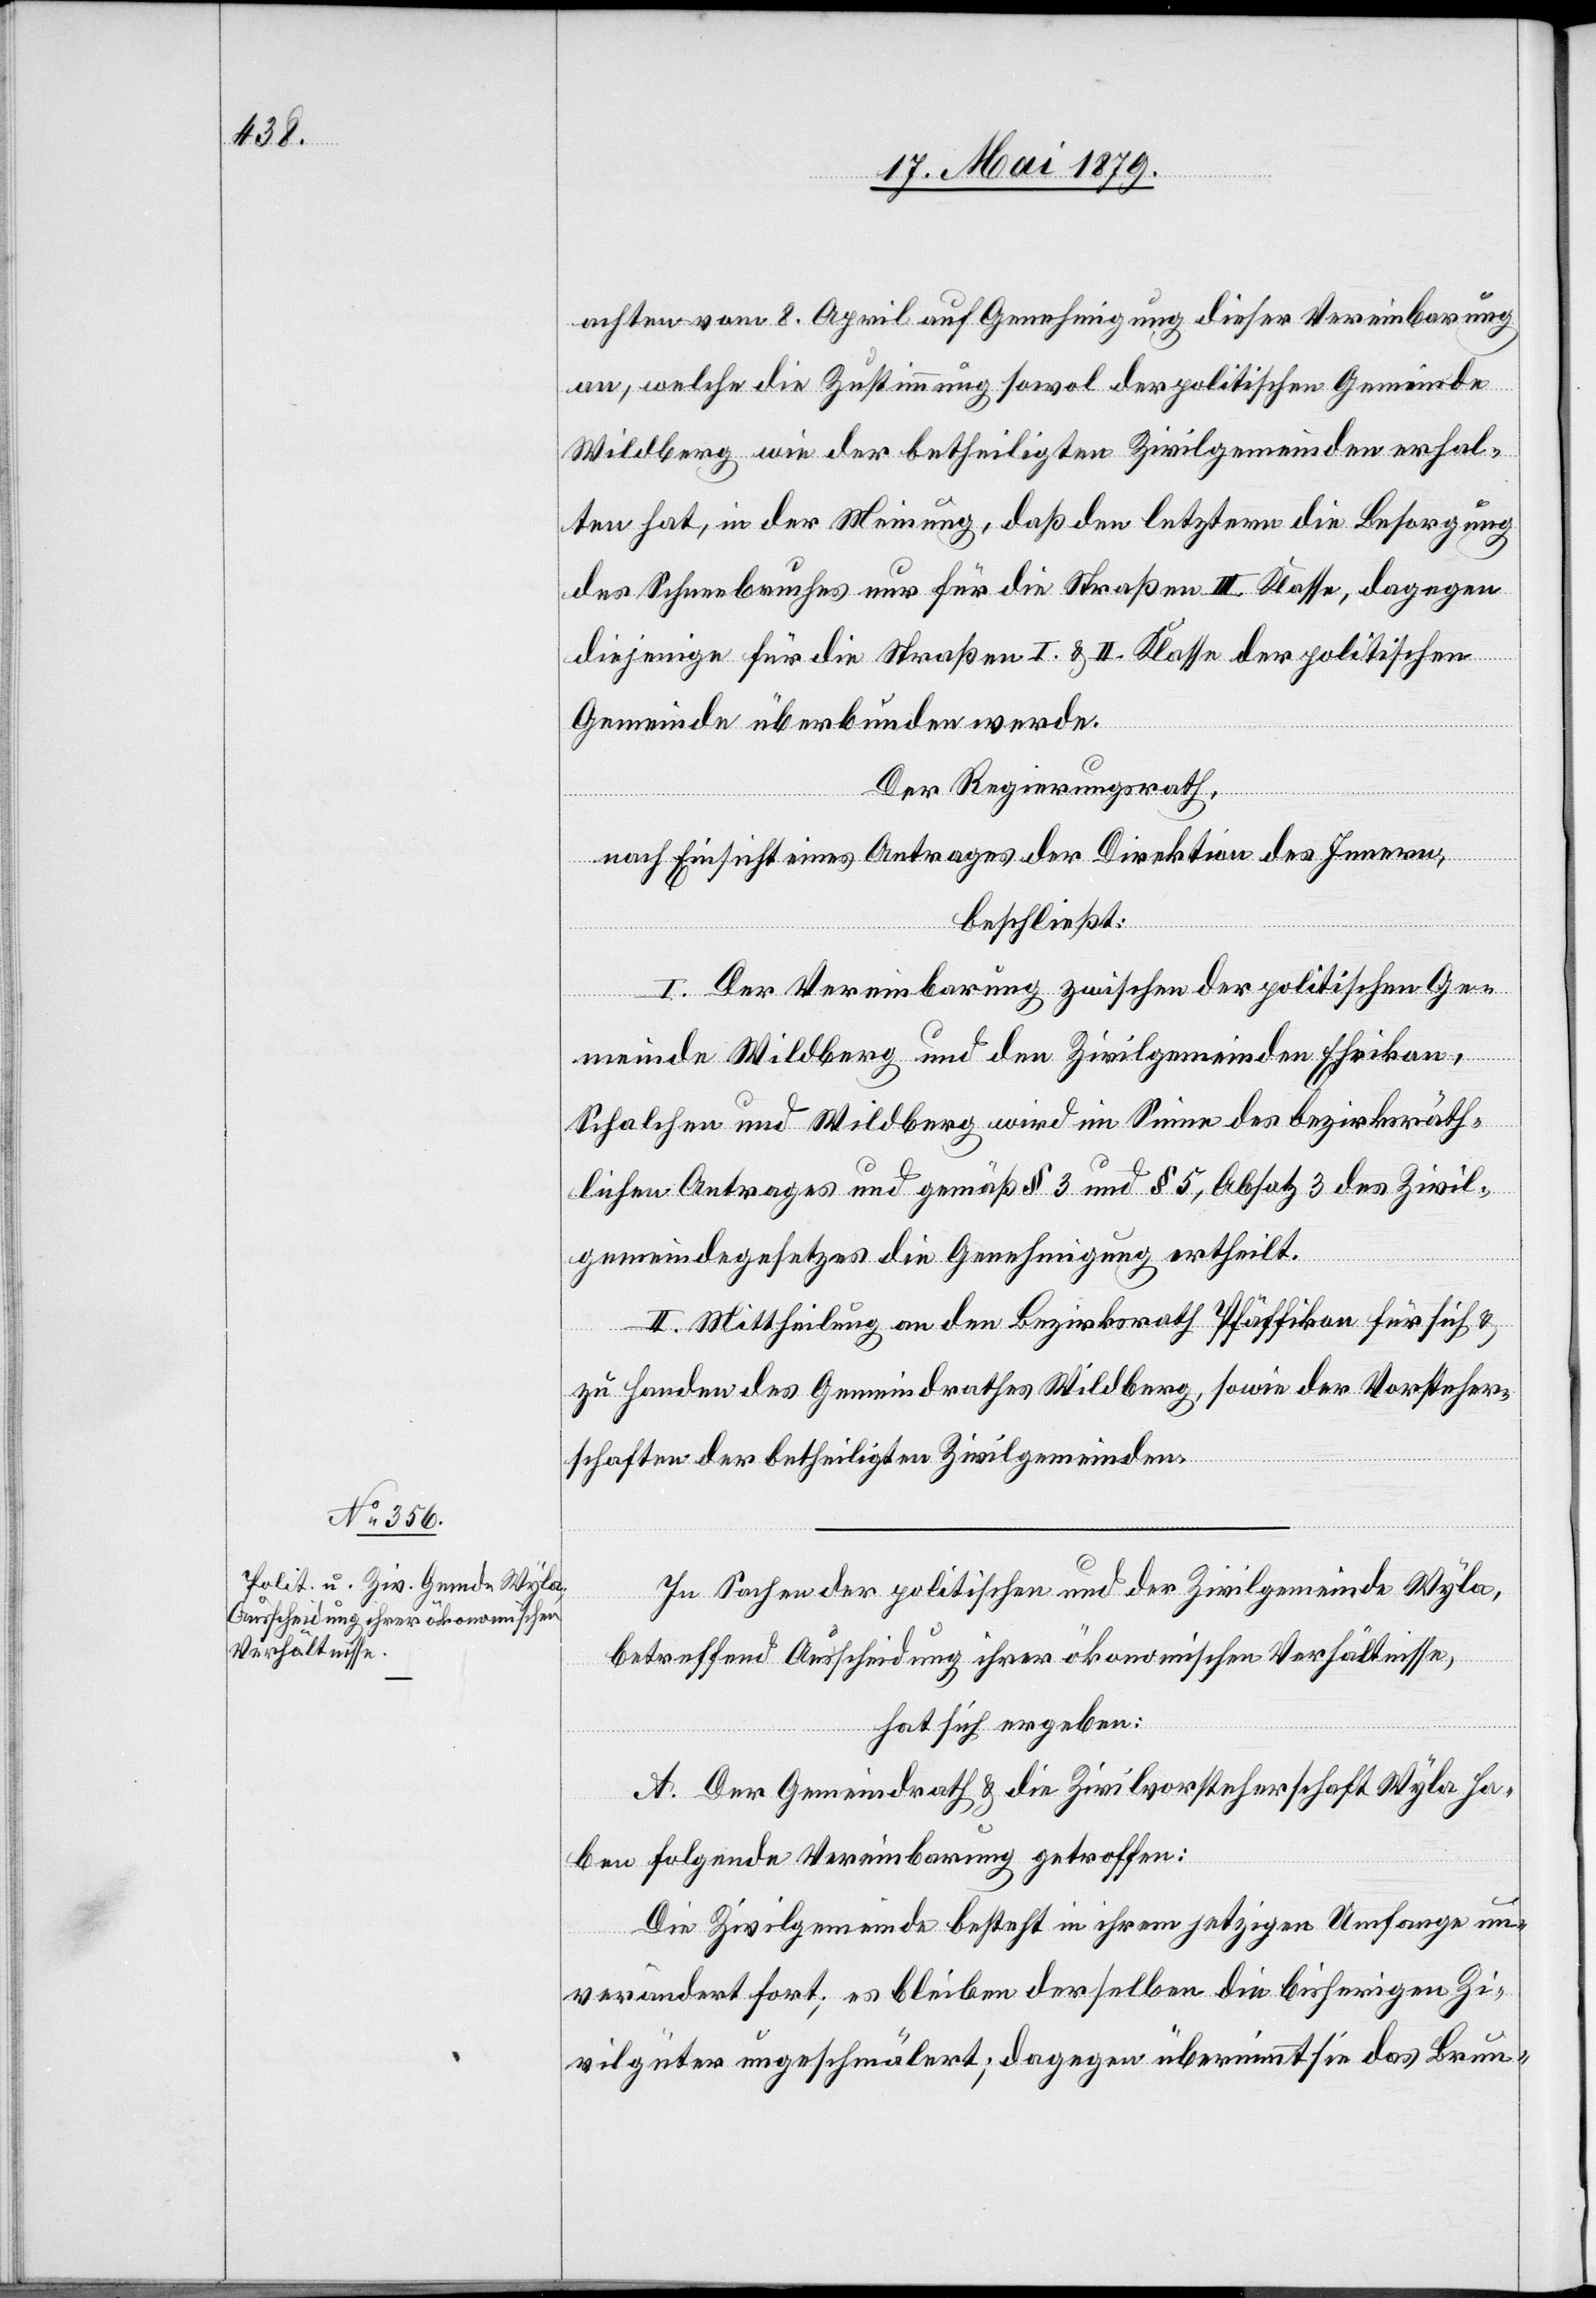
achten vom 8. April auf Genehmigung dieser Vereinbarung
an, welche die Zustimmung sowol der politischen Gemeinde
Wildberg wie der betheiligten Zivilgemeinden erhal¬
ten hat, in der Meinung, daß den letztern die Besorgung
des Schneebruches nur für die Straßen III. Klasse, dagegen
diejenige für die Straßen I. & II. Klasse der politischen
Gemeinde überbunden werde.
Der Regierungsrath,
nach Einsicht eines Antrages der Direktion des Innern,
beschließt:
I. Der Vereinbarung zwischen der politischen Ge¬
meinde Wildberg und den Zivilgemeinden Ehrikon,
Schalchen und Wildberg wird im Sinne des bezirksräth¬
lichen Antrages und gemäß § 3 und § 5, Absatz 3 des Zivil¬
gemeindegesetzes die Genehmigung ertheilt.
II. Mittheilung an den Bezirksrath Pfäffikon für sich &
zu Handen des Gemeindrathes Wildberg, sowie der Vorsteher¬
schaften der betheiligten Zivilgemeinden.
In Sachen der politischen und der Zivilgemeinde Wyla,
betreffend Ausscheidung ihrer ökonomischen Verhältnisse,
hat sich ergeben:
A. Der Gemeindrath & die Zivilvorsteherschaft Wyla ha¬
ben folgende Vereinbarung getroffen:
Die Zivilgemeinde besteht in ihrem jetzigen Umfange un¬
verändert fort; es bleiben derselben die bisherigen Zi¬
vilgüter ungeschmälert; dagegen übernimmt sie das Brun-